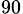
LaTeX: _{90}